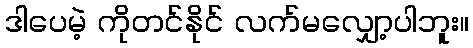
ဒါပေမဲ့ ကိုတင်နိုင် လက်မလျှော့ပါဘူး။